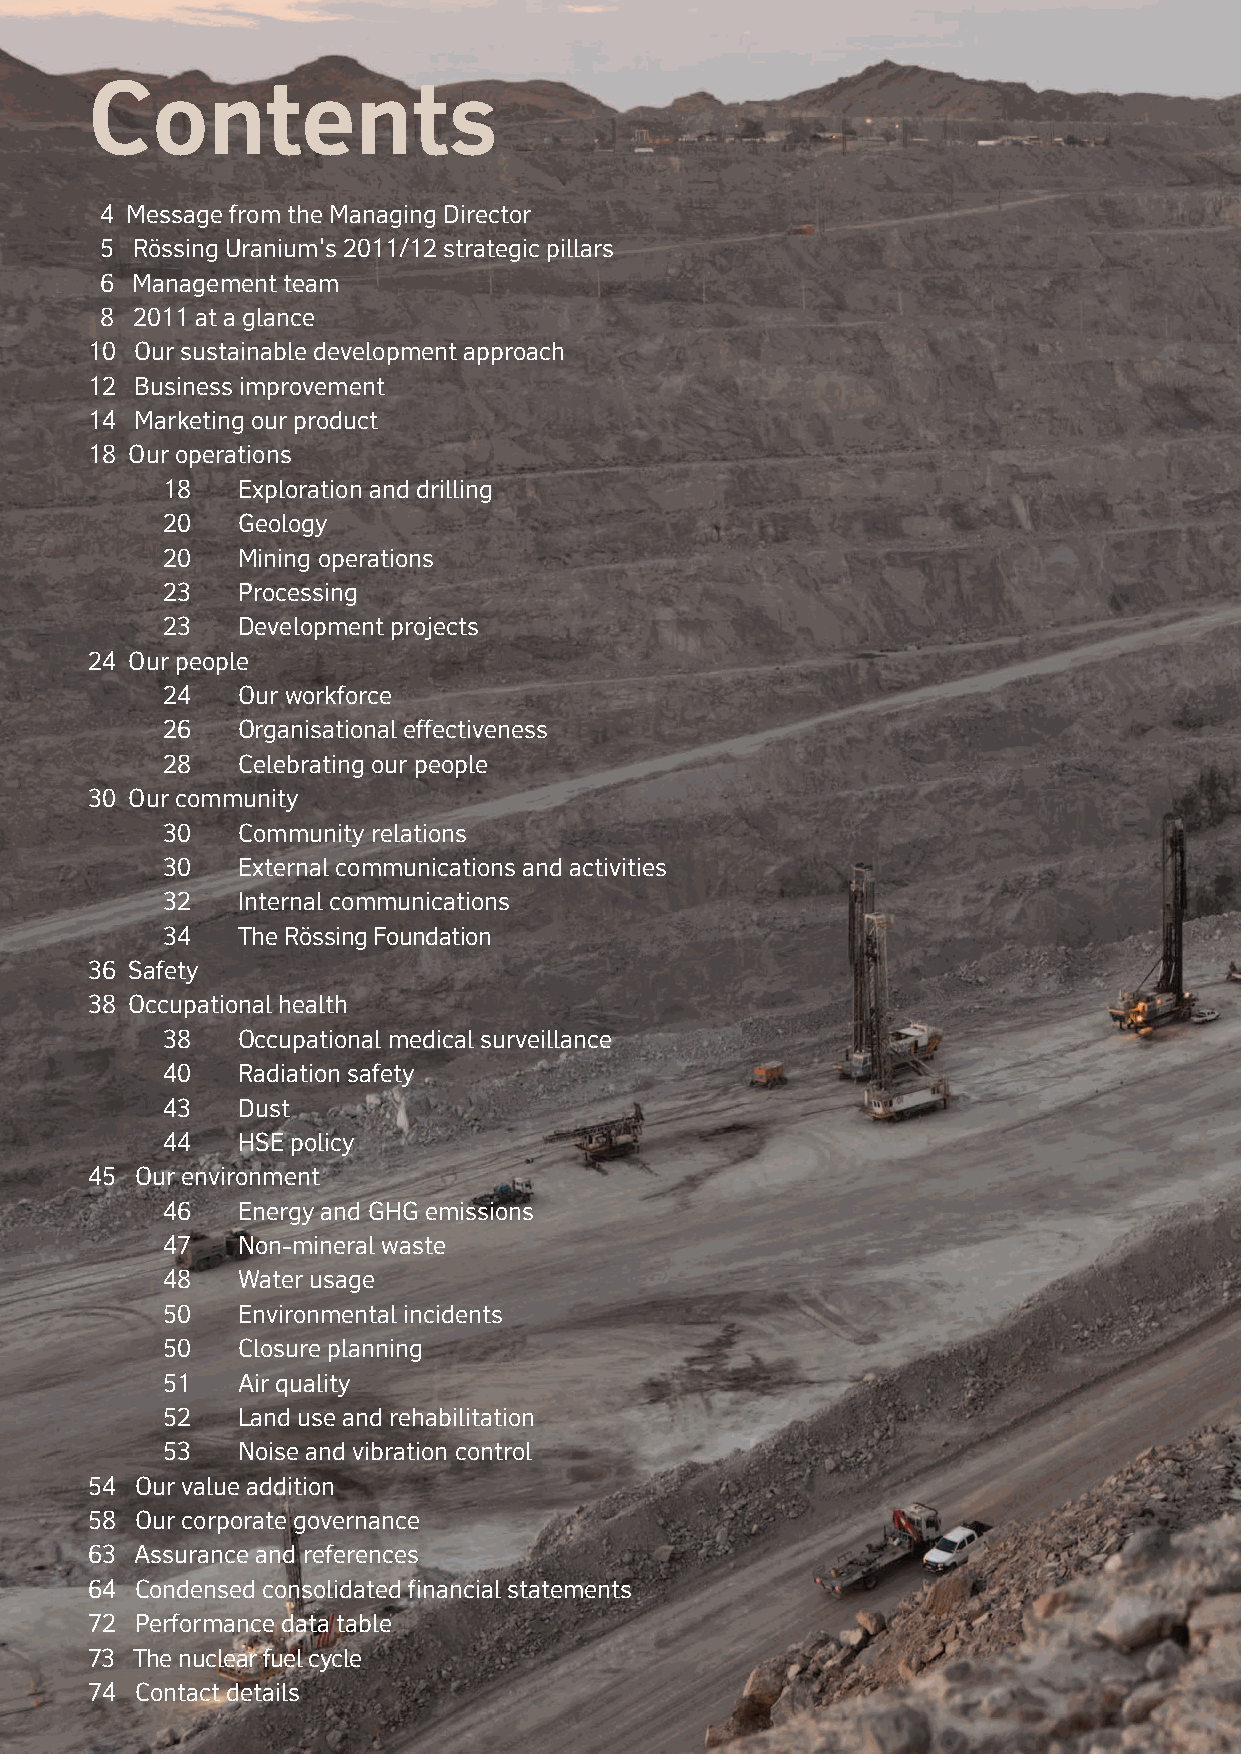
Contents
 4 Message from the Managing Director
 5 Rössing Uranium's 2011/12 strategic pillars
 6 Management team
 8 2011 at a glance
 10 Our sustainable development approach
 12 Business improvement
 14 Marketing our product
 18 Our operations
 18   Exploration and drilling
 20   Geology
 20   Mining operations
 23   Processing
 23   Development projects
 24 Our people
 24   Our workforce
 26   Organisational effectiveness
 28   Celebrating our people
 30 Our community
 30   Community relations
 30   External communications and activities
 32   Internal communications
 34   The Rössing Foundation
 36 Safety
 38 Occupational health
 38   Occupational medical surveillance
 40   Radiation safety
 43   Dust
 44   HSE policy
 45 Our environment
 46   Energy and GHG emissions
 47   Non-mineral waste
 48   Water usage
 50   Environmental incidents
 50   Closure planning
 51   Air quality
 52   Land use and rehabilitation
 53   Noise and vibration control
 54 Our value addition
 58 Our corporate governance
 63 Assurance and references
 64 Condensed consolidated financial statements
 72 Performance data table
 73 The nuclear fuel cycle
 74 Contact details
 2  Rössing Uranium Limited | Report to Stakeholders | 2011